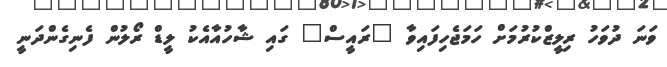
ވަނަ ދުވަހު ރިލީޒްކުރުމަށް ހަމަޖެހިފައިވާ "ރައީސް" ގައި ޝާހުއާއެކު ލީޑް ރޯލުން ފެނިގެންދަނީ